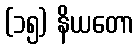
(၁၅) နိယတော